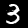
Label: 3